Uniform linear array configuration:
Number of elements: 48
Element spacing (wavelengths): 1
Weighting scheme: blackman
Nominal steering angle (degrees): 15
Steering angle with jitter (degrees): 15.133
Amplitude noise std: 0.05
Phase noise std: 0.05

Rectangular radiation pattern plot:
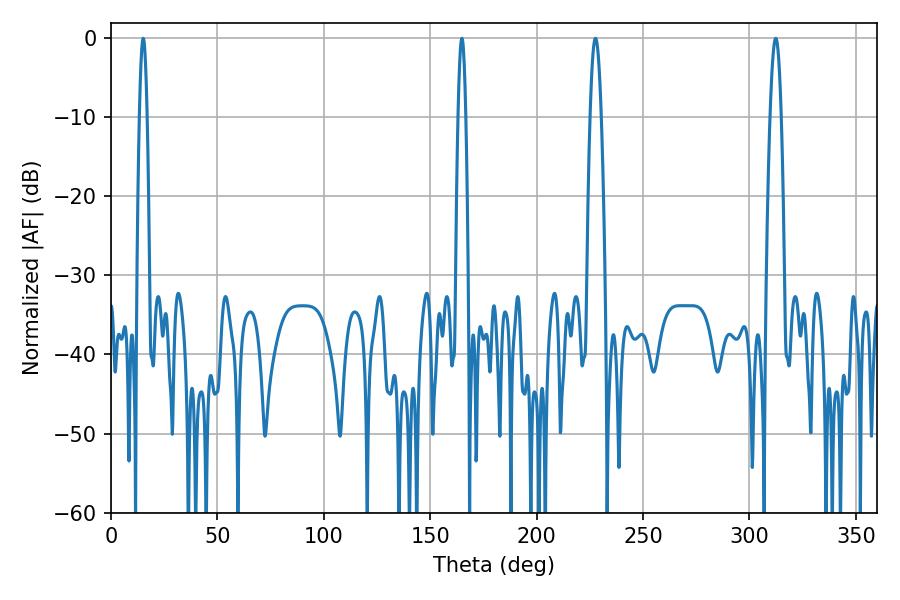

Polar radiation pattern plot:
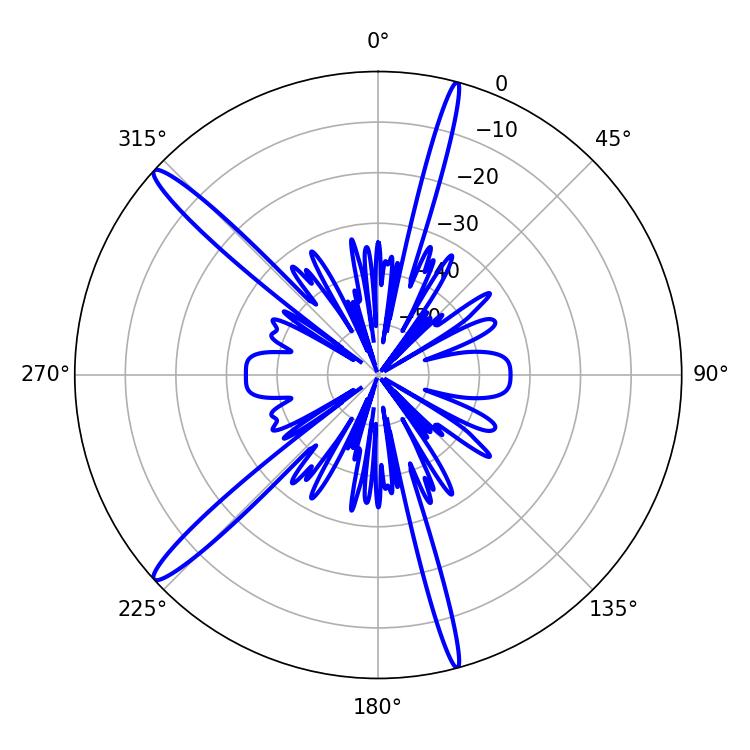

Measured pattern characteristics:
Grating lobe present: TRUE
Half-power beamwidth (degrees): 1.8
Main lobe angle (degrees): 15.12